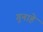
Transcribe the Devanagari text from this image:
गुनाहे